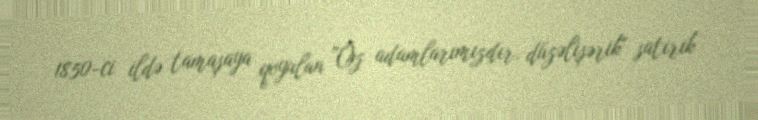
1850-ci ildə tamaşaya qoyulan "Öz adamlarımızdır, düzəlişərik" satirik